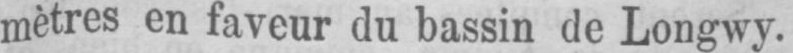
mètres en faveur du bassin de Longwy.